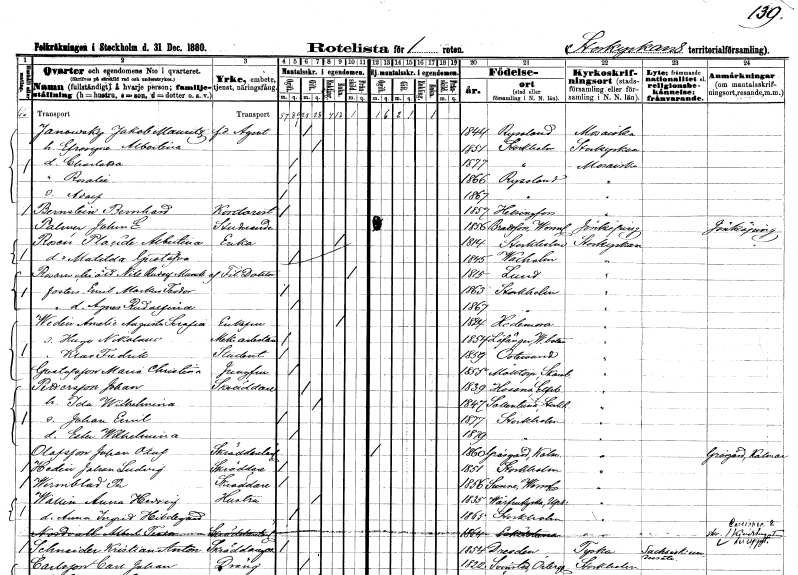
gt_parse: households: individuals: FN: Jakob Mauritz
EN: Janowsky
YRKE: Agent f.d.
KON: M
CIV: G
FODAR: 1844
FN: Efrosyne Albertina
KON: K
CIV: G
FODAR: 1851
FODFORS: Stockholm
FN: Charlotta
KON: K
CIV: O
FODAR: 1877
FODFORS: Stockholm
FN: Rosalie
KON: K
CIV: O
FODAR: 1866
FN: Adolf
KON: M
CIV: O
FODAR: 1867
FN: Bernhard
EN: Bernstein
YRKE: Kontorist
KON: M
CIV: O
FODAR: 1857
FN: Johan E.
EN: Palmer
YRKE: Studerande
KON: M
CIV: O
FODAR: 1856
FODFORS: Brattfors Värmlands län
FN: Placide Albertina
EN: Rosén
YRKE: Änka
KON: K
CIV: E
FODAR: 1814
FODFORS: Stockholm
FN: Matilda Gustafva
KON: K
CIV: O
FODAR: 1845
FODFORS: Vaxholm Stockholms län
FN: Nils Rudolf
EN: Munk af Rosenchiöld
YRKE: Fil. doktor
KON: M
CIV: E
FODAR: 1815
FODFORS: Lund Malmöhus län
FN: Emil Markus Teodor
KON: M
CIV: O
FODAR: 1863
FODFORS: Stockholm
FN: Agnes Rudolfina
KON: K
CIV: O
FODAR: 1867
FODFORS: Stockholm
FN: Amelie Augusta Serafia
EN: Wedin
KON: K
CIV: E
FODAR: 1824
FODFORS: Hedemora Kopparbergs län
FN: Hugo Nikolaus
YRKE: Mekanikerarbetare
KON: M
CIV: O
FODAR: 1854
FODFORS: Lövånger Västerbottens län
FN: Klas Fredrik
YRKE: Student
KON: M
CIV: O
FODAR: 1859
FODFORS: Östersund Jämtlands län
FN: Maria Christina
EN: Gustafsson
YRKE: Jungfru
KON: K
CIV: O
FODAR: 1855
FODFORS: Mölltorp Skaraborgs län
FN: Johan
EN: Pettersson
YRKE: Skräddare
KON: M
CIV: G
FODAR: 1839
FODFORS: Hyssna Älvsborgs län
FN: Ida Wilhelmina
KON: K
CIV: G
FODAR: 1847
FODFORS: Sollentuna Stockholms län
FN: Johan Emil
KON: M
CIV: O
FODAR: 1877
FODFORS: Stockholm
FN: Ester Wilhelmina
KON: K
CIV: O
FODAR: 1879
FODFORS: Stockholm
FN: Johan Olof
EN: Olofsson
YRKE: Skräddarelärling
KON: M
CIV: O
FODAR: 1860
FODFORS: Gräsgård Kalmar län
FN: Johan Ludvig
EN: Hedin
YRKE: Skräddare
KON: M
CIV: O
FODAR: 1851
FODFORS: Stockholm
FN: Per
EN: Wermblad
YRKE: Skräddare
KON: M
CIV: O
FODAR: 1856
FODFORS: Sunne Värmlands län
FN: Anna Hedvig
EN: Wallin
YRKE: Hustru
KON: K
CIV: G
FODAR: 1835
FODFORS: Vårfrukyrka Uppsala län
FN: Anna Ingrid Hildegard
KON: K
CIV: O
FODAR: 1865
FODFORS: Stockholm